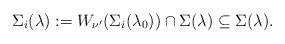
LaTeX: \begin{align*}\Sigma_{i}(\lambda):=W_{\nu'}(\Sigma_{i}(\lambda_{0}))\cap\Sigma(\lambda)\subseteq \Sigma(\lambda).\end{align*}